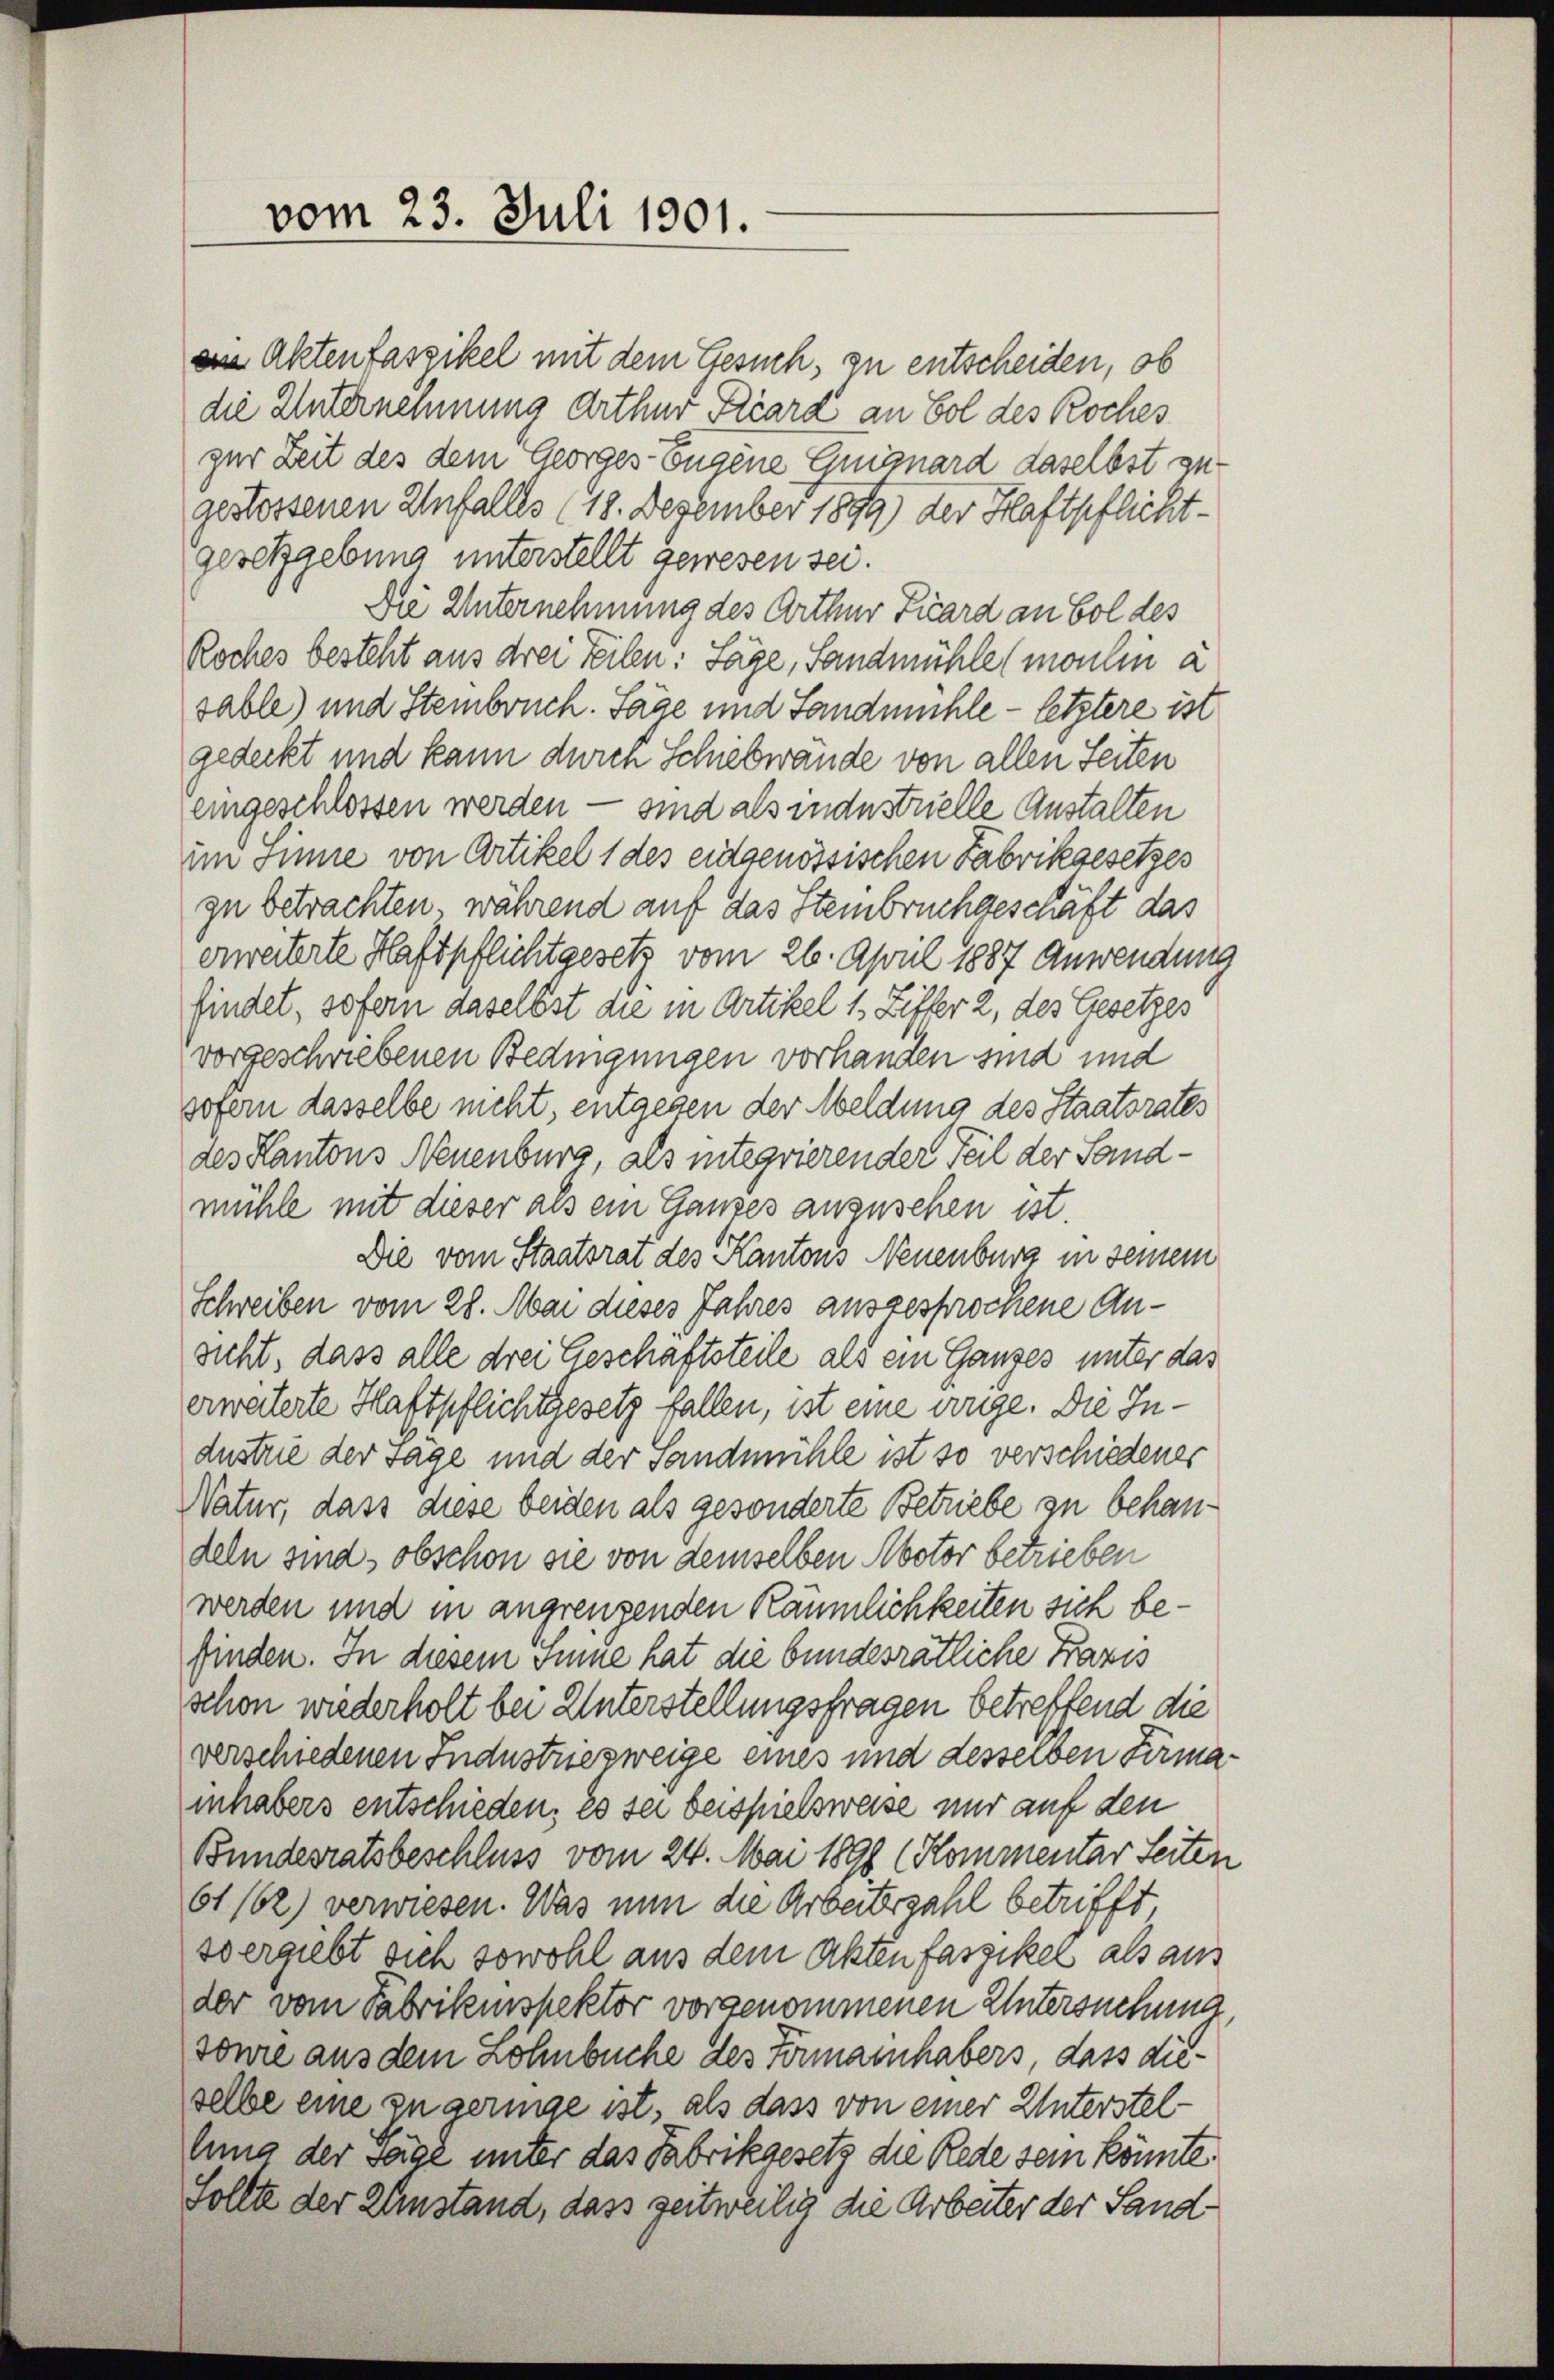
vom 23. Juli 1901.

ei Aktenfaszikel mit dem Gesuch, zu entscheiden, ob
die Unternehmung erthur Kard an Sol des Koches
zur Zeit des dem Georges Eugene Guignard daselbst zu
gestossenen Unfalles (18. Dezember 1899) der Haftpflichtgesetzgebung unterstellt gewesen sei.
Die Unternehmung des Arthur Fuard an Sol des
Roches besteht aus drei Teilen: Sage, Landmühle (moulin a
sable) und Steinbruch. Sage und Landmühle - letztere ist
gedeckt und kann durch Schiebwande von allen Seiten
eingeschlossen werden — sind als indestrielle Anstalten
im Sinne von Artikel 1 des eidgenössischen Fabrikgesetzes
zu betrachten, während auf das Steinbruchgeschäft das
erwarterte Haftpflichtgesetz, vom 26. April 1887 Anwendung
findet, sofern daselbst die in Artikel 1 Ziffer 2, des Gesetzes
vorgeschriebenen Bedingungen vorhanden sind und
sofern dasselbe nicht, entgegen der Meldung des Staatsrates
des Kantons Neuenburg, als integrierender Teil der Sandmühle mit dieser als ein Ganzes anzusehen ist.
Die vom Staatsrat des Kantons Neuenburg in seinem
Schreiben vom 28. Mai dieses Jahres ausgesprochene Ansicht, dass alle drei Geschaftsteile als ein Ganzes unter das
erweiterte Haftpflichtgesetz fallen, ist eine ange. Die Industrie der Tage und der Sandmühle ist so verschiedener
Natur, dass diese beiden als gesonderte Betriebe zu behandeln sind, obschon sie von demselben Abotor betrieben
werden und in angrenzenden Räumlichkeiten sich befinden. In diesem Sinne hat die bundesrätliche Praxis
schon wiederholt bei Unterstellungsfragen betreffend die
verschiedenen Industriezweige eines und desselben Firmainhabers entschieden; es sei beispielsweise nur auf den
Bundesratsbeschluss vom 24. Mai 1890 (Kommentar Seiten
61162) verwiesen. Was nun die Arbeitszahl betrifft,
so ergiebt sich sowohl aus dem Akten faszikel als aus
der vom Fabrikinspektor vorgenommenen Untersuchung
sonie aus dem Lohnbüche des Firmainhabers, dass dieselbe eine zu geringe ist, als dass von einer Unterstellung der Säge unter das Fabrikgesetz die Rede sein könnte.
Sollte der Kunstand, dass zeitweilig die Arbeiter der Land-